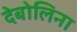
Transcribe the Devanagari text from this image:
देबोलिना